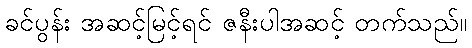
ခင်ပွန်း အဆင့်မြင့်ရင် ဇနီးပါအဆင့် တက်သည်။